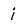
Character: i